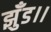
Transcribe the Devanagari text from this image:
झुँड।।